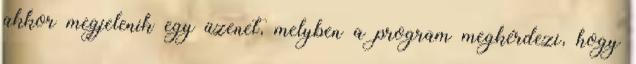
akkor megjelenik egy üzenet, melyben a program megkérdezi, hogy